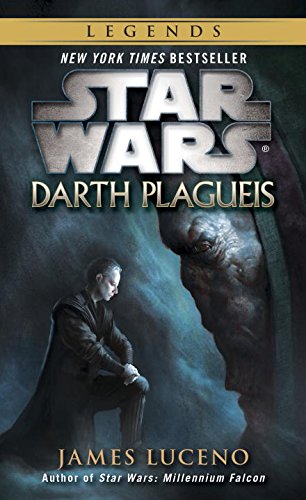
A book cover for Star Wars: Darth Plagueis (Star Wars - Legends); James Luceno; Science Fiction & Fantasy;